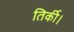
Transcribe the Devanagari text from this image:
तिर्की।